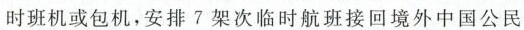
时班机或包机，安排7架次临时航班接回境外中国公民